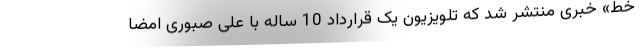
خط» خبری منتشر شد که تلویزیون یک قرارداد 10 ساله با علی صبوری امضا